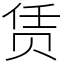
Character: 赁